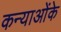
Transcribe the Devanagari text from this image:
कन्याओंके